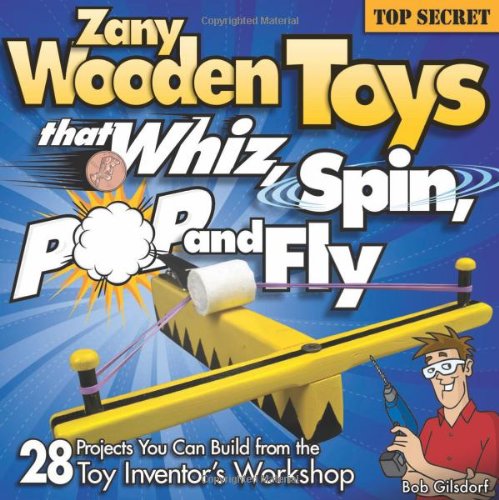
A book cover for Zany Wooden Toys that Whiz, Spin, Pop, and Fly: 28 Projects You Can Build From The Toy Inventor's Workshop; Bob Gilsdorf; Crafts, Hobbies & Home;